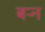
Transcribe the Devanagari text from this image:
बऱ्न